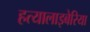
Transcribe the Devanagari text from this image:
हत्यालाइबेरिया